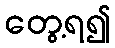
တွေ့ရ၍